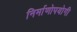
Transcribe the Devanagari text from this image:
निर्माणोपयोगी